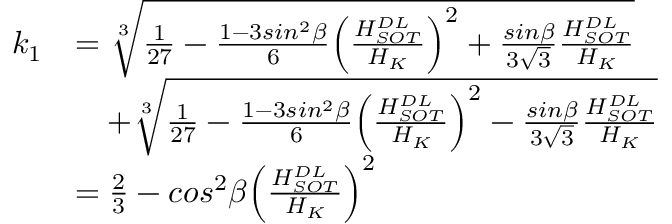
\begin{array} { l l } { k _ { 1 } } & { = \sqrt [ 3 ] { \frac { 1 } { 2 7 } - \frac { 1 - 3 s i n ^ { 2 } \beta } { 6 } { \left( \frac { H _ { S O T } ^ { D L } } { H _ { K } } \right) } ^ { 2 } + \frac { s i n \beta } { 3 \sqrt { 3 } } \frac { H _ { S O T } ^ { D L } } { H _ { K } } } } \\ & { \quad + \sqrt [ 3 ] { \frac { 1 } { 2 7 } - \frac { 1 - 3 s i n ^ { 2 } \beta } { 6 } { \left( \frac { H _ { S O T } ^ { D L } } { H _ { K } } \right) } ^ { 2 } - \frac { s i n \beta } { 3 \sqrt { 3 } } \frac { H _ { S O T } ^ { D L } } { H _ { K } } } } \\ & { = \frac { 2 } { 3 } - c o s ^ { 2 } \beta { \left( \frac { H _ { S O T } ^ { D L } } { H _ { K } } \right) } ^ { 2 } } \end{array}